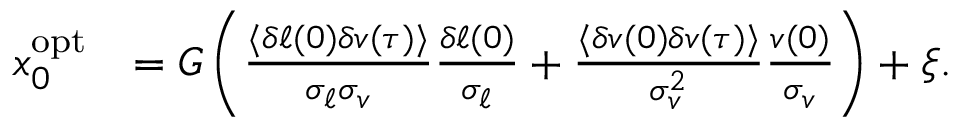
\begin{array} { r l } { x _ { 0 } ^ { \mathrm { o p t } } } & { = G \left( \frac { \langle \delta \ell ( 0 ) \delta v ( \tau ) \rangle } { \sigma _ { \ell } \sigma _ { v } } \frac { \delta \ell ( 0 ) } { \sigma _ { \ell } } + \frac { \langle \delta v ( 0 ) \delta v ( \tau ) \rangle } { \sigma _ { v } ^ { 2 } } \frac { v ( 0 ) } { \sigma _ { v } } \right) + \xi . } \end{array}